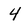
Character: 4